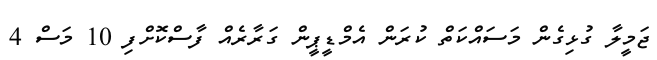
ޖަމީލާ ގުޅިގެން މަސައްކަތް ކުރަން އެމްޑީޕީން ގަރާރެއް ފާސްކޮށްފި 10 މަސް 4